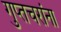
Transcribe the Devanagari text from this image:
गुप्तचरांना